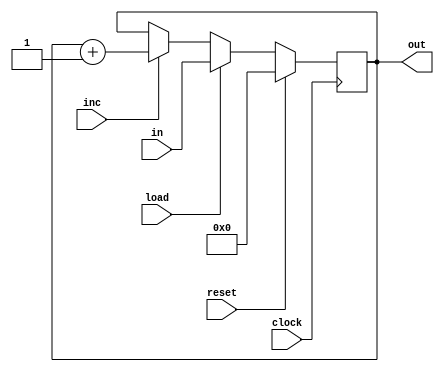
//
module pc(in,inc,load,reset,out,clock);
    input [15:0] in;
    input load,reset,clock,inc;
    output [15:0] out;

    reg [15:0] out;

    initial begin
        out = 16'b0000000000000000;
    end

    always@(posedge clock) begin
        if(reset) begin
            out <= 16'b0000000000000000;
        end else if(load) begin
            out <= in;
        end else if(inc) begin
            out <= out + 16'b0000000000000001;
        end else begin
            out <= out;
        end
    end
endmodule